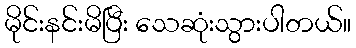
မိုင်းနင်းမိပြီး သေဆုံးသွားပါတယ်။